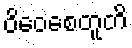
ဝိဝေစေတူတိ